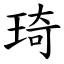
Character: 琦